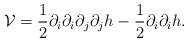
\begin{align*}\mathcal{V}=\frac{1}{2}\partial_{i}\partial_{i}\partial_{j}\partial_{j}h-\frac{1}{2}\partial_{i}\partial_{i}h.\end{align*}